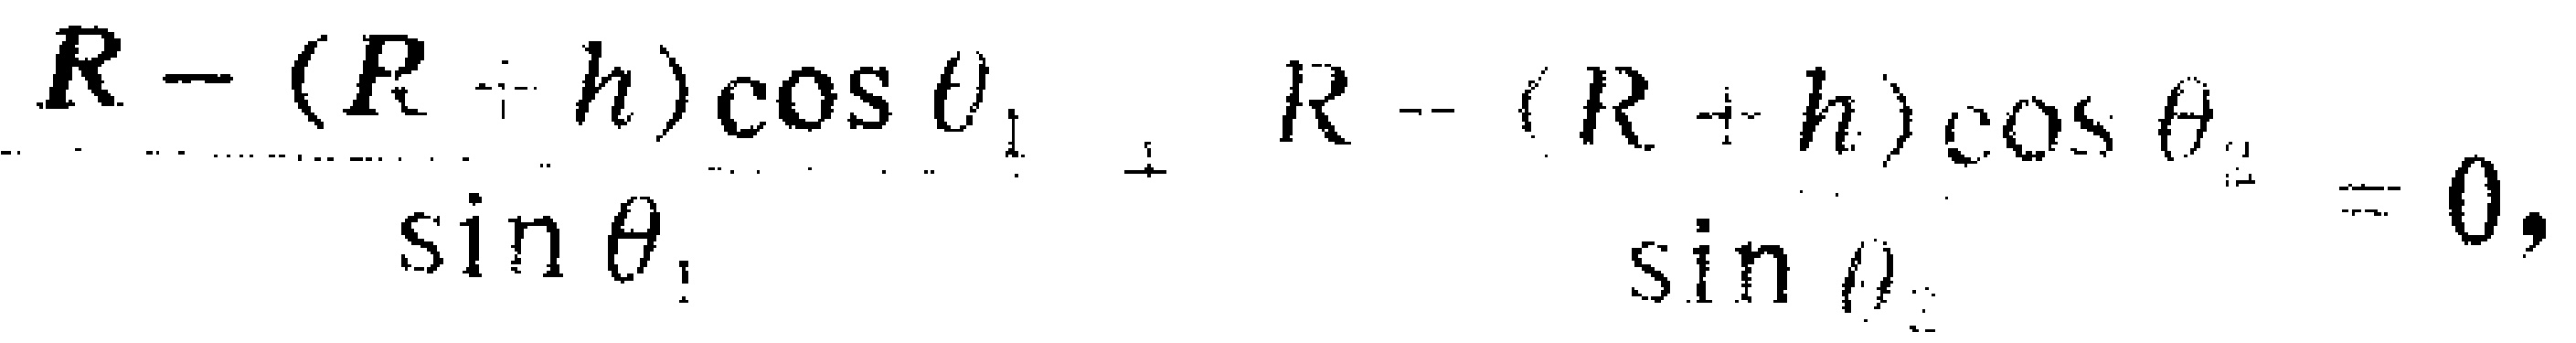
\(\frac{R - (R + h)\cos\theta_{1}}{\sin\theta_{1}}+\frac{R - (R + h)\cos\theta_{2}}{\sin\theta_{2}} = 0,\)